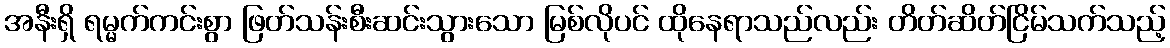
အနီးရှိ ရမ္မက်ကင်းစွာ ဖြတ်သန်းစီးဆင်းသွားသော မြစ်လိုပင် ထိုနေရာသည်လည်း တိတ်ဆိတ်ငြိမ်သက်သည့်